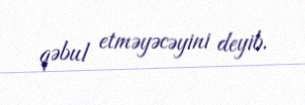
qəbul etməyəcəyini deyib.